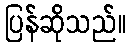
ပြန်ဆိုသည်။